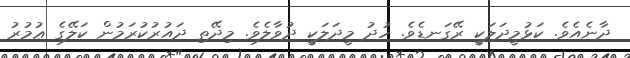
ދާނެއެވެ. ކަޅުމީދަލަކީ ރޭގަނޑެވެ. ހުދު މީދަލަކީ ދުވާލެވެ. މިދޭތި ދައުރުކުރަމުން ކަލޭގެ ޢުމުރު